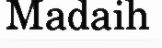
Madaih